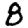
Digit: 8